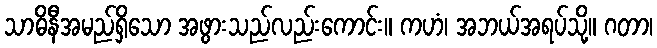
သာဓိနီအမည်ရှိသော အဖွားသည်လည်းကောင်း။ ကဟံ၊ အဘယ်အရပ်သို့။ ဂတာ၊